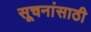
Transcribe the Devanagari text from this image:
सूचनांसाठी